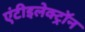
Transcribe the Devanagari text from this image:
एंटीइलेक्ट्रॉन